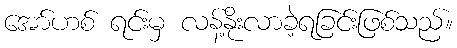
အော်ဟစ် ရင်းမှ လန့်နိုးလာခဲ့ရခြင်းဖြစ်သည်။